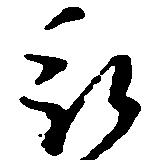
被